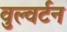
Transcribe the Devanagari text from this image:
वुल्वर्टन